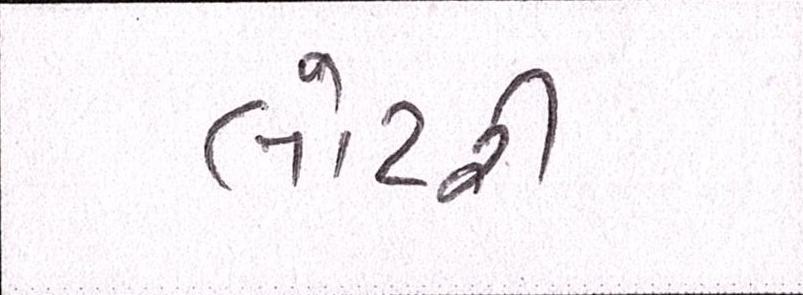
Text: લોટરી